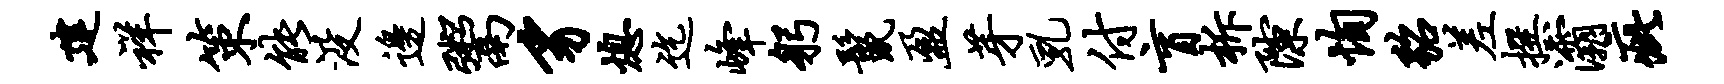
建祥策能没边鬻豸熄迄峰躬鬣盈芽乳付盲柝隙恂貂差撰灞疵